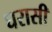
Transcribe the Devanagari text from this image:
घरासी